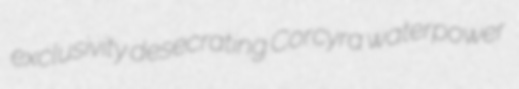
exclusivity desecrating Corcyra waterpower